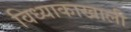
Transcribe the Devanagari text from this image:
विध्याकाखाली